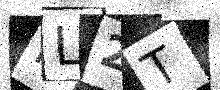
Text: FL2T